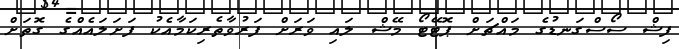
ފިޝް ސޯސްގަނޑުގެ މައްޗަށް ޕޮޓޭޓޯ މޭޝް ލައި ވަރަށް ފަރުވާތެރިކަމާއެކު ފަށަލައެއްގެ ގޮތަށް